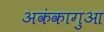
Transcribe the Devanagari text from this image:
अकंकागुआ